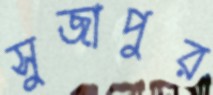
সুজাপুর